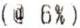
(@ 6%)